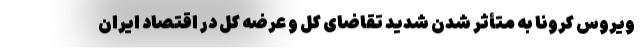
ویروس کرونا به متأثر شدن شدید تقاضای کل و عرضه کل در اقتصاد ایران